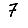
Digit: 7